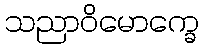
သညာဝိမောက္ခေ